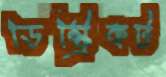
ডিস্ট্রিকট